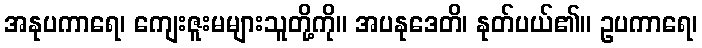
အနုပကာရေ၊ ကျေးဇူးမများသူတို့ကို။ အပနုဒေတိ၊ နုတ်ပယ်၏။ ဥပကာရေ၊